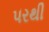
૫રથી